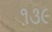
૧૩૯